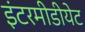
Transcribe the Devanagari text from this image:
इंटरमीडीयेट